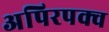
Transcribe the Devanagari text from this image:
अपिरपक्व